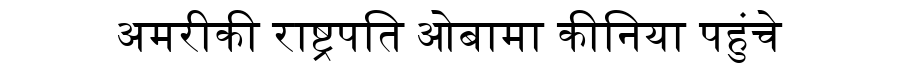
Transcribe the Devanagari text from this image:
अमरीकी राष्ट्रपति ओबामा कीनिया पहुंचे